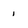
Character: 1